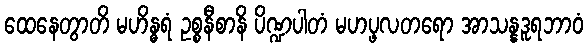
ထေနေတွာတိ မဟိန္ဓရံ ဥစ္စနီစာနိ ပိဏ္ဍပါတံ မဟပ္ဖလတရော အာသန္နဒူရဘာဝံ